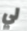
لي